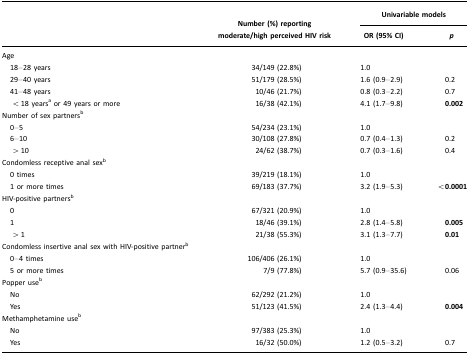
|  | <ROWSPAN=3> Number (%) reporting moderate/high perceived HIV risk | <COLSPAN=2> Univariable models |
 |  | OR (95% CI) | p |
 | --- | --- | --- | --- |
 | Age |  |  |  |
 | 18–28 years | 34/149 (22.8%) | 1.0 |  |
 | 29–40 years | 51/179 (28.5%) | 1.6 (0.9–2.9) | 0.2 |
 | 41–48 years | 10/46 (21.7%) | 0.8 (0.3–2.2) | 0.7 |
 | < 18 yearsa or 49 years or more | 16/38 (42.1%) | 4.1 (1.7–9.8) | 0.002 |
 | Number of sex partnersb |  |  |  |
 | 0–5 | 54/234 (23.1%) | 1.0 |  |
 | 6–10 | 30/108 (27.8%) | 0.7 (0.4–1.3) | 0.2 |
 | > 10 | 24/62 (38.7%) | 0.7 (0.3–1.6) | 0.4 |
 | Condomless receptive anal sexb |  |  |  |
 | 0 times | 39/219 (18.1%) | 1.0 |  |
 | 1 or more times | 69/183 (37.7%) | 3.2 (1.9–5.3) | <0.0001 |
 | HIV-positive partnersb |  |  |  |
 | 0 | 67/321 (20.9%) | 1.0 |  |
 | 1 | 18/46 (39.1%) | 2.8 (1.4–5.8) | 0.005 |
 | > 1 | 21/38 (55.3%) | 3.1 (1.3–7.7) | 0.01 |
 | Condomless insertive anal sex with HIV-positive partnerb |  |  |  |
 | 0–4 times | 106/406 (26.1%) | 1.0 |  |
 | 5 or more times | 7/9 (77.8%) | 5.7 (0.9–35.6) | 0.06 |
 | Popper useb |  |  |  |
 | No | 62/292 (21.2%) | 1.0 |  |
 | Yes | 51/123 (41.5%) | 2.4 (1.3–4.4) | 0.004 |
 | Methamphetamine useb |  |  |  |
 | No | 97/383 (25.3%) | 1.0 |  |
 | Yes | 16/32 (50.0%) | 1.2 (0.5–3.2) | 0.7 |